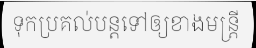
ទុកប្រគល់បន្តទៅឲ្យខាងមន្ត្រី